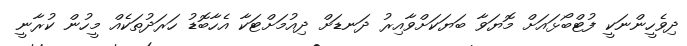
ދިވެހީންނަކީ ފުޓްބޯޅައަށް މޮޔަވާ ބަޔަކަށްވާއިރު ދަނޑަށް ދިއުމަށްޓަކާ އެހާބޮޑު ހަރަދުތަކެއް މީހުން ކުރާނީ